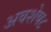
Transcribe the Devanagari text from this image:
अवशेष८